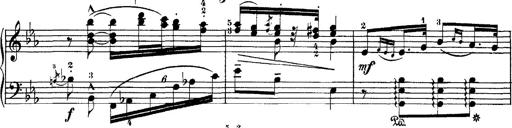
Title: Hungarian Rhapsody No.4
Composer: Franz Liszt
Key: E-flat major